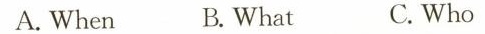
A. When B.What C. Who